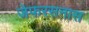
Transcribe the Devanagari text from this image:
जेफरसनास